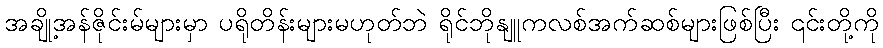
အချို့အန်ဇိုင်းမ်များမှာ ပရိုတိန်းများမဟုတ်ဘဲ ရိုင်ဘိုနျူကလစ်အက်ဆစ်များဖြစ်ပြီး ၎င်းတို့ကို